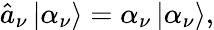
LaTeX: \hat{a}_{\nu}\left|\alpha_{\nu}\right>=\alpha_{\nu}\left|\alpha_{\nu}\right>,